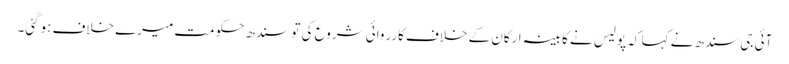
آئی جی سندھ نے کہا کہ پولیس نے کابینہ ارکان کے خلاف کارروائی شروع کی تو سندھ حکومت میرے خلاف ہوگئی۔